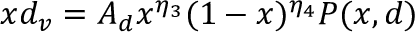
x d _ { v } = A _ { d } x ^ { \eta _ { 3 } } ( 1 - x ) ^ { \eta _ { 4 } } P ( x , d )